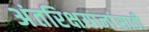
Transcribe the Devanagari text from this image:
अंतरिक्षयानांसाठी